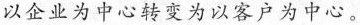
以企业为中心转变为以客户为中心。